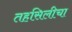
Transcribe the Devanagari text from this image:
तहसिलीचा